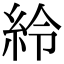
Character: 紷